Annual statistical returns and brief notes on vaccination in Bengal - 1909-1929
Year: 1909
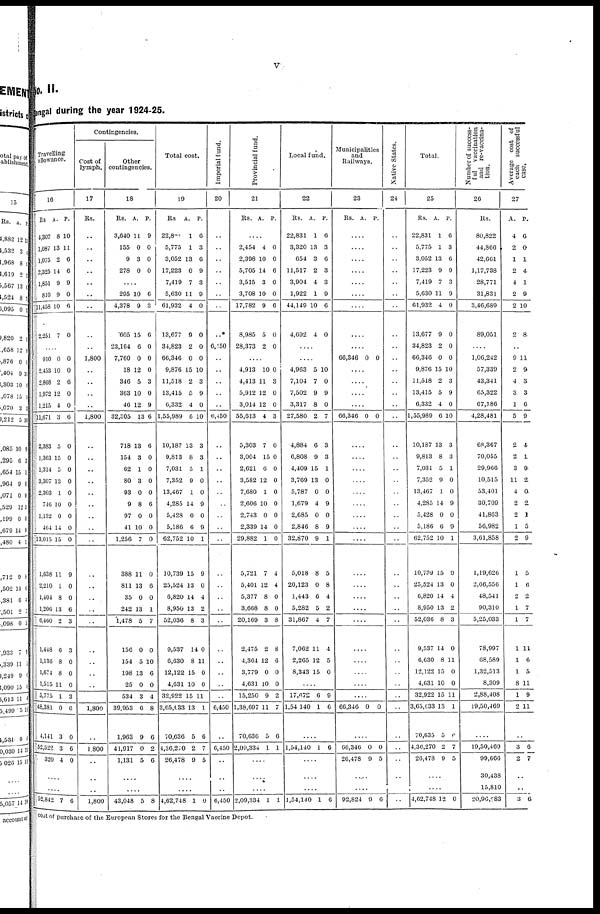
v
No. II.
Bengal during the year 1924-25.
Travelling
allowance.
16
Rs
4,307
1,087
1,075
2,325
1,851
810
11,458
2,251
A.
8
13
2
14
9
9
10
7
P.
10
11
6
6
9
0
6
0
....
910
2,453
2,868
1,972
1,215
11,671
2,383
1,363
1,314
3,307
2,303
746
1,132
464
13,015
1,638
2,210
1,404
1,206
6,460
1,448
1,136
1,674
1,515
5,775
48,381
4,141
52,522
320
0
10
2
12
4
3
5
15
5
13
1
10
0
14
15
11
1
8
13
2
0
8
8
11
1
0
3
3
4
0
0
6
0
0
6
0
0
0
0
0
0
0
0
0
9
0
0
6
3
3
0
0
0
3
6
0
6
0
....
....
52,842 7 6
Contingencies.
Cost of
lymph.
17
Rs.
..
..
..
..
..
..
..
..
..
1,800
..
..
..
..
1,800
..
..
..
..
..
..
..
..
..
..
..
..
..
..
..
..
..
..
..
1,800
..
1,800
..
..
..
1,800
Other
contingencies.
18
Rs.
3,640
155
9
278
A.
11
0
3
0
P.
9
0
0
0
....
295
4,378
605
23,164
7,760
18
346
363
46
32,305
718
154
62
80
93
9
97
41
1,256
388
811
35
242
1,478
156
154
198
25
534
39,953
1,963
41,917
1,131
10
9
15
6
0
12
5
10
12
13
13
3
1
3
0
8
0
10
7
11
13
0
13
5
0
5
13
0
3
6
9
0
5
6
3
6
0
0
0
3
0
9
6
6
0
0
0
0
6
0
0
0
0
6
0
1
7
0
10
6
0
4
8
6
2
6
....
....
43,048 5 8
Total cost.
19
Rs
22,831
5,775
3,052
17,223
7,419
5,630
61,932
13,677
34,823
66,346
9,876
11,518
13,415
6,332
1,55,989
10,187
9,813
7,031
7,352
13,467
4,285
5,428
5,186
62,752
10,739
25,524
6,820
8,950
52,036
9,537
6,630
12,122
4,631
32,922
3,65,033
70,636
4,36,270
26,478
A.
1
1
13
0
7
11
4
9
2
0
15
2
5
4
6
13
8
5
9
1
14
0
6
10
15
13
14
13
8
14
8
15
10
15
13
5
2
9
P.
6
3
6
9
3
9
0
0
0
0
10
3
9
0
10
3
3
1
0
0
9
0
9
1
9
0
4
2
3
0
11
0
0
11
1
6
7
5
....
....
4,62,748 1 0
Imperial fund.
20
..
..
..
..
..
..
..
..*
6,450
..
..
..
..
..
6,450
..
..
..
..
..
..
..
..
..
..
..
..
..
..
..
..
..
..
..
6,450
..
6,450
..
..
..
6,450
Provincial fund.
21
Rs. A. P.
....
2,454
2,398
5,705
3,515
3,708
17,782
8,985
28,373
4
10
14
3
10
9
5
2
0
0
6
0
0
6
0
0
....
4,913
4,413
5,912
3,014
55,613
5,303
3,004
2,621
3,582
7,680
2,606
2,743
2,339
29,882
5,721
5,401
5,377
3,668
20,169
2,475
4,364
3,779
4,631
15,250
1,38,697
70,636
2,09,334
10
11
12
12
4
7
15
6
12
1
10
0
14
1
7
12
8
8
3
2
12
0
10
9
11
5
1
0
3
0
0
3
0
0
0
0
0
0
0
0
0
4
4
0
0
8
8
6
0
0
2
7
6
1
....
....
....
2,09,334 1 1
Local fund.
22
Rs.
22,831
3,320
654
11,517
3,904
1,922
44,149
4,692
A.
1
13
3
2
4
1
10
4
P.
6
3
6
3
3
9
6
0
....
....
4,963
7,104
7,502
3,317
27,580
4,884
6,808
4,409
3,769
5,787
1,679
2,685
2,846
32,870
5,018
20,123
1,443
5,282
31,867
7,062
2,265
8,343
5
7
9
8
2
6
9
15
13
0
4
0
8
9
8
0
6
5
4
11
12
15
10
0
9
0
7
3
3
1
0
0
9
0
9
1
5
8
4
2
7
4
5
0
....
17,672
1,54,140
6
1
9
6
....
1,54,140 1 6
....
....
..
1,54,140 1 6
Municipalities
and
Railways.
23
Rs. A. P.
....
....
....
....
....
....
....
....
....
66,346 0 0
....
....
....
....
66,346 0 0
....
....
....
....
....
....
....
....
....
....
....
....
....
....
....
....
....
....
....
66,346 0 0
....
66,346
26,478
0
9
0
5
....
....
92,824 9 6
Native States.
24
..
..
..
..
..
..
..
..
..
..
..
..
..
..
..
..
..
..
..
..
..
..
..
..
..
..
..
..
..
..
..
..
..
..
..
..
..
..
..
..
..
Total.
25
Rs.
22,831
5,775
3,052
17,223
7,419
5,630
61,932
13,677
34,823
66,346
9,876
11,518
13,415
6,332
1,55,989
10,187
9,813
7,031
7,352
13,467
4,285
5,428
5,186
62,752
10,739
25,524
6,820
8,950
52,036
9,537
6,630
12,122
4,631
32,922
3,65,633
70,035
4,36,270
26,478
A.
1
1
13
9
7
11
4
9
2
0
15
2
5
4
6
13
8
5
9
1
14
0
6
10
15
13
14
13
8
14
8
15
10
15
13
5
2
9
P.
6
3
6
9
3
9
0
0
0
0
10
3
9
0
10
3
3
1
0
0
9
0
9
1
9
0
4
2
3
0
11
0
0
11
1
6
7
5
....
....
4,62,748 12 0
Number of success¬
ful vaccination
and re-vaccina-
tion.
26
Rs.
80,822
44,866
42,661
1,17,738
28,771
31,831
3,46,689
89,051
....
1,06,242
57,339
43,341
65,322
67,186
4,28,481
68,367
70,055
29,966
10,515
53,401
30,709
41,863
56,982
3,61,858
1,19,626
2,66,556
48,541
90,310
5,25,033
78,997
68,589
1,32,513
8,309
2,88,408
19,50,469
....
19,50,469
99,666
30,438
15,810
20,96,383
Average cost of
each
successful
case.
27
A.
4
2
1
2
4
2
2
2
P.
6
0
1
4
1
9
10
8
..
9
2
4
3
1
5
2
2
3
11
4
2
2
1
2
1
1
2
1
1
1
1
1
8
1
2
11
9
3
3
6
9
4
1
9
2
0
2
2
5
9
5
6
2
7
7
11
6
5
11
9
11
..
3
2
6
7
..
..
3 6
cost of purchase of the European Stores for the Bengal Vaccine Depot.